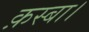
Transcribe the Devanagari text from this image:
क़स्बा।